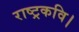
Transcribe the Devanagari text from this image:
राष्ट्रकवि।